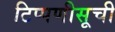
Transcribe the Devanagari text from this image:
टिप्पणीसूची